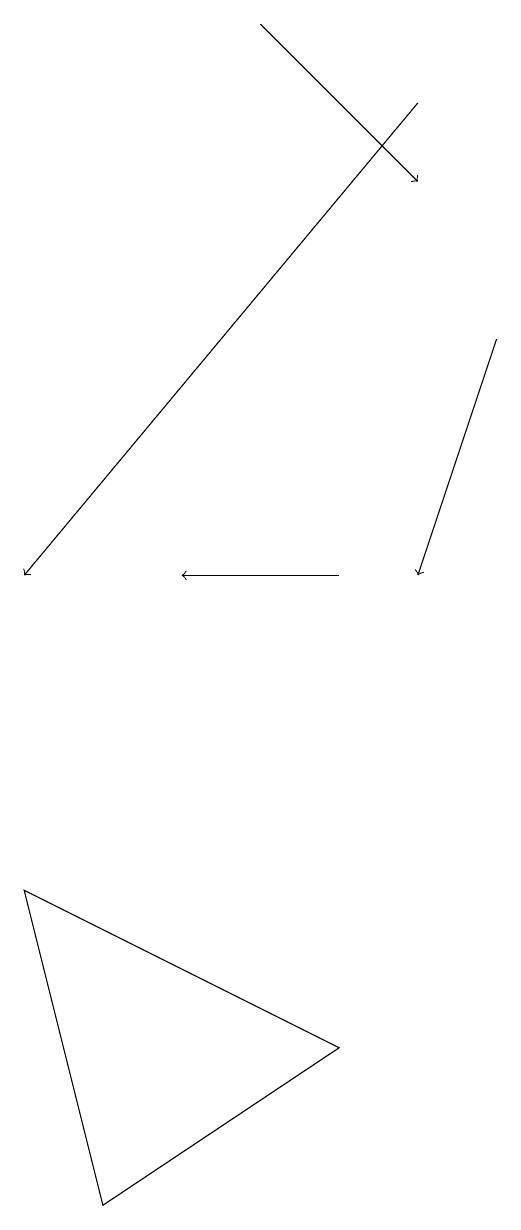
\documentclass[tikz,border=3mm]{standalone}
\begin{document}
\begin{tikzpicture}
\draw[->] (9,14) -- (8,11);
\draw[->] (8,17) -- (3,11);
\draw (4,3) -- (7,5) -- (3,7) -- cycle;
\draw[->] (7,11) -- (5,11);
\draw[->] (6,18) -- (8,16);
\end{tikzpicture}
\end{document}